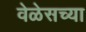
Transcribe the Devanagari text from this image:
वेळेसच्या